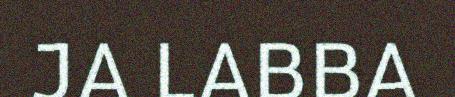
JA LABBA